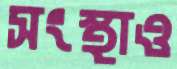
সংস্থাও